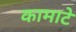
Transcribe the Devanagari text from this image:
कामाटे